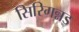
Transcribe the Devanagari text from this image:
सिरिगन्नड